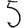
Digit: 5